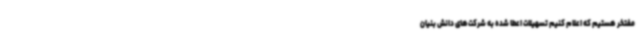
مفتخر هستیم که اعلام کنیم تسهیلات اعطا شده به شرکت‌های دانش بنیان